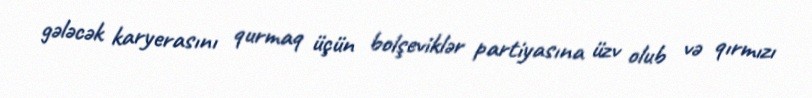
gələcək karyerasını qurmaq üçün bolşeviklər partiyasına üzv olub və qırmızı